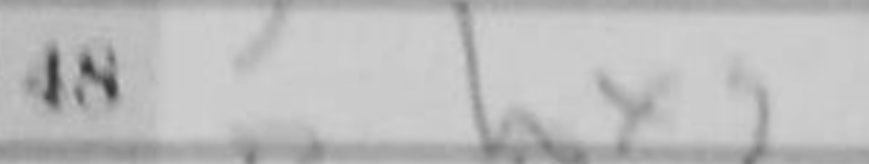
Transcription: hxg